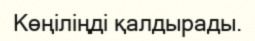
Көңіліңді қалдырады.